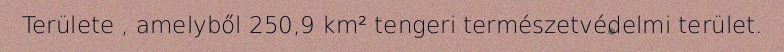
Területe , amelyből 250,9 km² tengeri természetvédelmi terület.